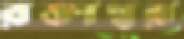
রক্তাম্বর